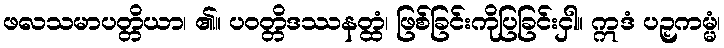
ဖလသမာပတ္တိယာ၊ ၏။ ပဝတ္တိဒဿနတ္ထံ၊ ဖြစ်ခြင်းကိုပြခြင်းငှါ။ ဣဒံ ပဉှကမ္မံ၊